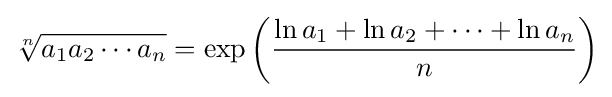
{\sqrt[{n}]{a_{1}a_{2}\cdots a_{n}{\vphantom {t}}}}=\exp \left({\frac {\ln a_{1}+\ln a_{2}+\cdots +\ln a_{n}}{n}}\right)